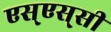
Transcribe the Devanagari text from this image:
एस्‌एस्‌सी